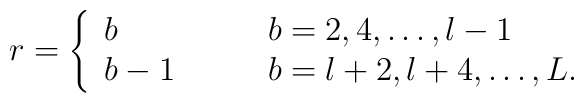
r=\left\{\begin{array}{ll}b   & \qquad b=2,4,\ldots,l-1 \\b-1 & \qquad b=l+2,l+4,\ldots,L.\end{array} \right.